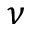
\nu